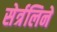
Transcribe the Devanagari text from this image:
सेर्त्रलिने